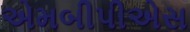
એમબીપીએસ